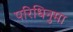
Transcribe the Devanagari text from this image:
परिधिनुमा